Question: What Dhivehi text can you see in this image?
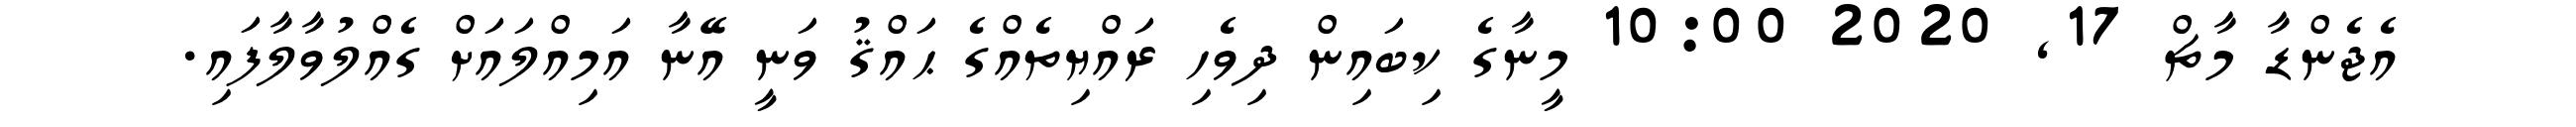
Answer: އެޖެންޑާ މާޗް 17, 2020 10:00 މީނާގެ ކިބައިން ދިވެހި ރައްޔިތެއްގެ ޙައްޤު ވަނީ އޭނާ އަމިއްލައަށް ގެއްލުވާލާފައި.